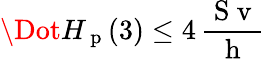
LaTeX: \Dot{H}_{\mathrm{~p~}}(3)\leq 4\, \frac{\mathrm{~S~v~}}{\mathrm{~h~}}